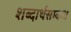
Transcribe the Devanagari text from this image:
शब्दार्थसम्बन्ध